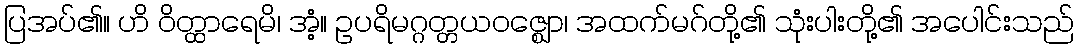
ပြအပ်၏။ ဟိ ဝိတ္ထာရေမိ၊ အံ့။ ဥပရိမဂ္ဂတ္တယဝဇ္ဈော၊ အထက်မဂ်တို့၏ သုံးပါးတို့၏ အပေါင်းသည်